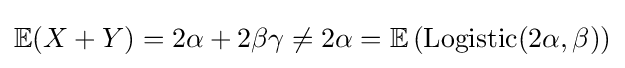
\mathbb {E} (X+Y)=2\alpha +2\beta \gamma \neq 2\alpha =\mathbb {E} \left(\mathrm {Logistic} (2\alpha ,\beta )\right)